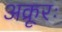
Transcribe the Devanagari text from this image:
अक्रूरः